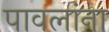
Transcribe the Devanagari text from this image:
पावलांना